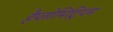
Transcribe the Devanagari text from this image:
हैप्लोमिट्रियम